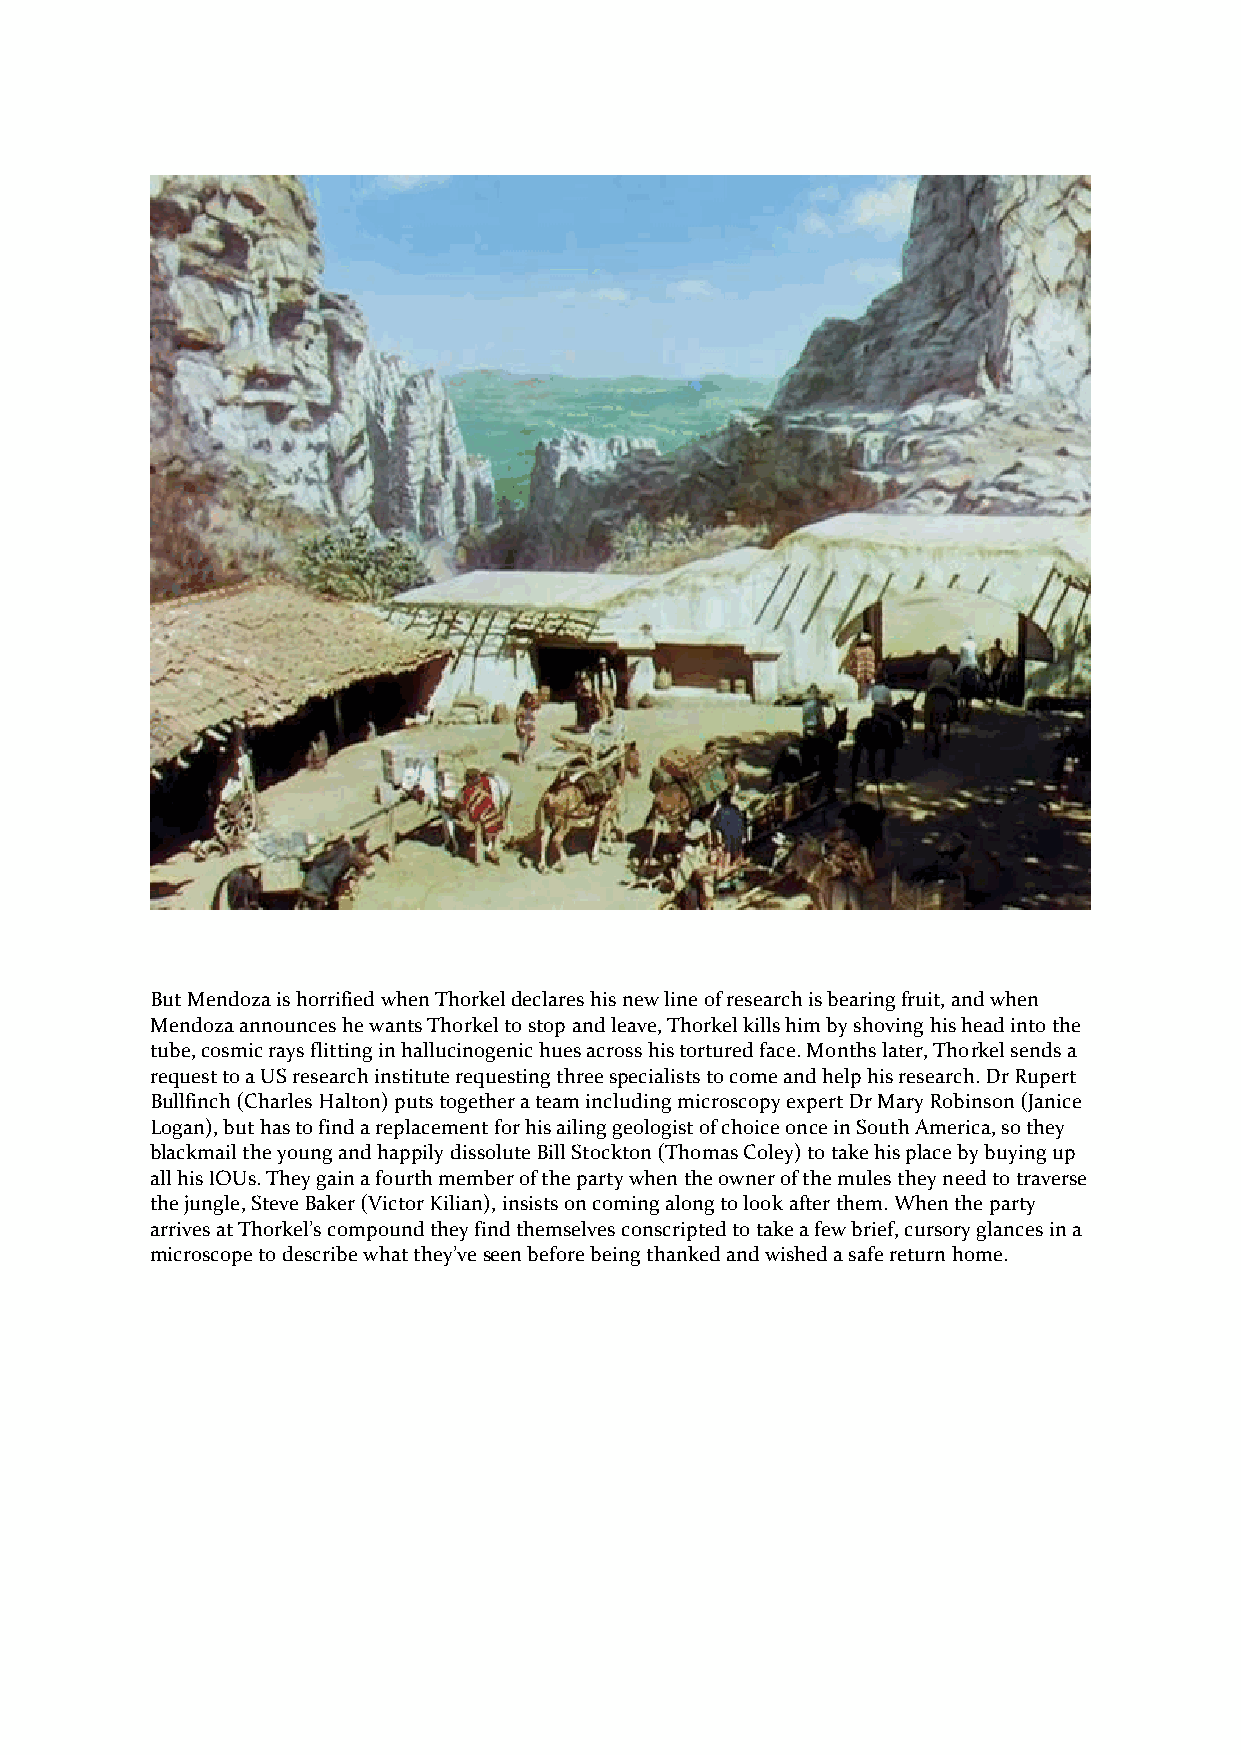
But Mendoza is horrified when Thorkel declares his new line of research is bearing fruit, and when
 Mendoza announces he wants Thorkel to stop and leave, Thorkel kills him by shoving his head into the
 tube, cosmic rays flitting in hallucinogenic hues across his tortured face. Months later, Thorkel sends a
 request to a US research institute requesting three specialists to come and help his research. Dr Rupert
 Bullfinch (Charles Halton) puts together a team including microscopy expert Dr Mary Robinson (Janice
 Logan), but has to find a replacement for his ailing geologist of choice once in South America, so they
 blackmail the young and happily dissolute Bill Stockton (Thomas Coley) to take his place by buying up
 all his IOUs. They gain a fourth member of the party when the owner of the mules they need to traverse
 the jungle, Steve Baker (Victor Kilian), insists on coming along to look after them. When the party
 arrives at Thorkel’s compound they find themselves conscripted to take a few brief, cursory glances in a
 microscope to describe what they’ve seen before being thanked and wished a safe return home.